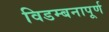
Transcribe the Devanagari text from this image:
विडम्बनापूर्ण